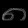
Digit: ၈